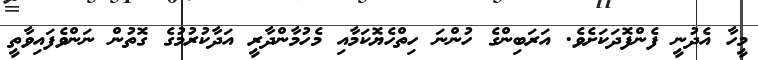
މީހާ އެދުނީ ފެންފޮދަކަށެވެ. އަރަބިންގެ ހުންނަ ހިތްހެޔޮކަމާއި މެހުމާންދާރީ އަދާކުރުމުގެ ގޮތުން ނަންވެފައިވާތީ